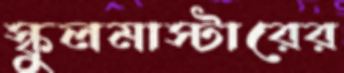
স্কুলমাস্টারের